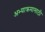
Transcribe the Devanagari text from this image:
अभ्याक्रमासाठी